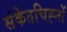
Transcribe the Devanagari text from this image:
संकेतचिह्नों